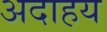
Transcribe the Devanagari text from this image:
अदाहय